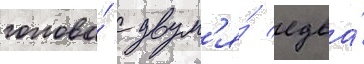
голова́ с двум'я́ едва́